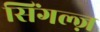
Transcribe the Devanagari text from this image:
सिंगल्ज़